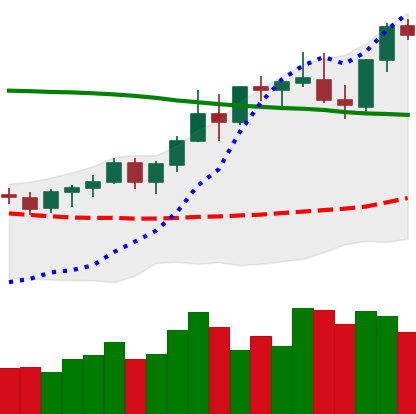
Ticker: BNB-USD
Chart end date: 2021-08-21
Forward return: 6.702%
Label: up_5_7